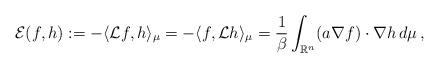
LaTeX: \begin{align*} \mathcal{E}(f,h) := -\langle \mathcal{L}f, h \rangle_\mu = -\langle f, \mathcal{L}h \rangle_\mu=\frac{1}{\beta} \int_{\mathbb{R}^n} (a\nabla f) \cdot \nabla h\, d\mu \,,\end{align*}